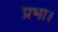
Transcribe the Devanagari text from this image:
प्रभा।